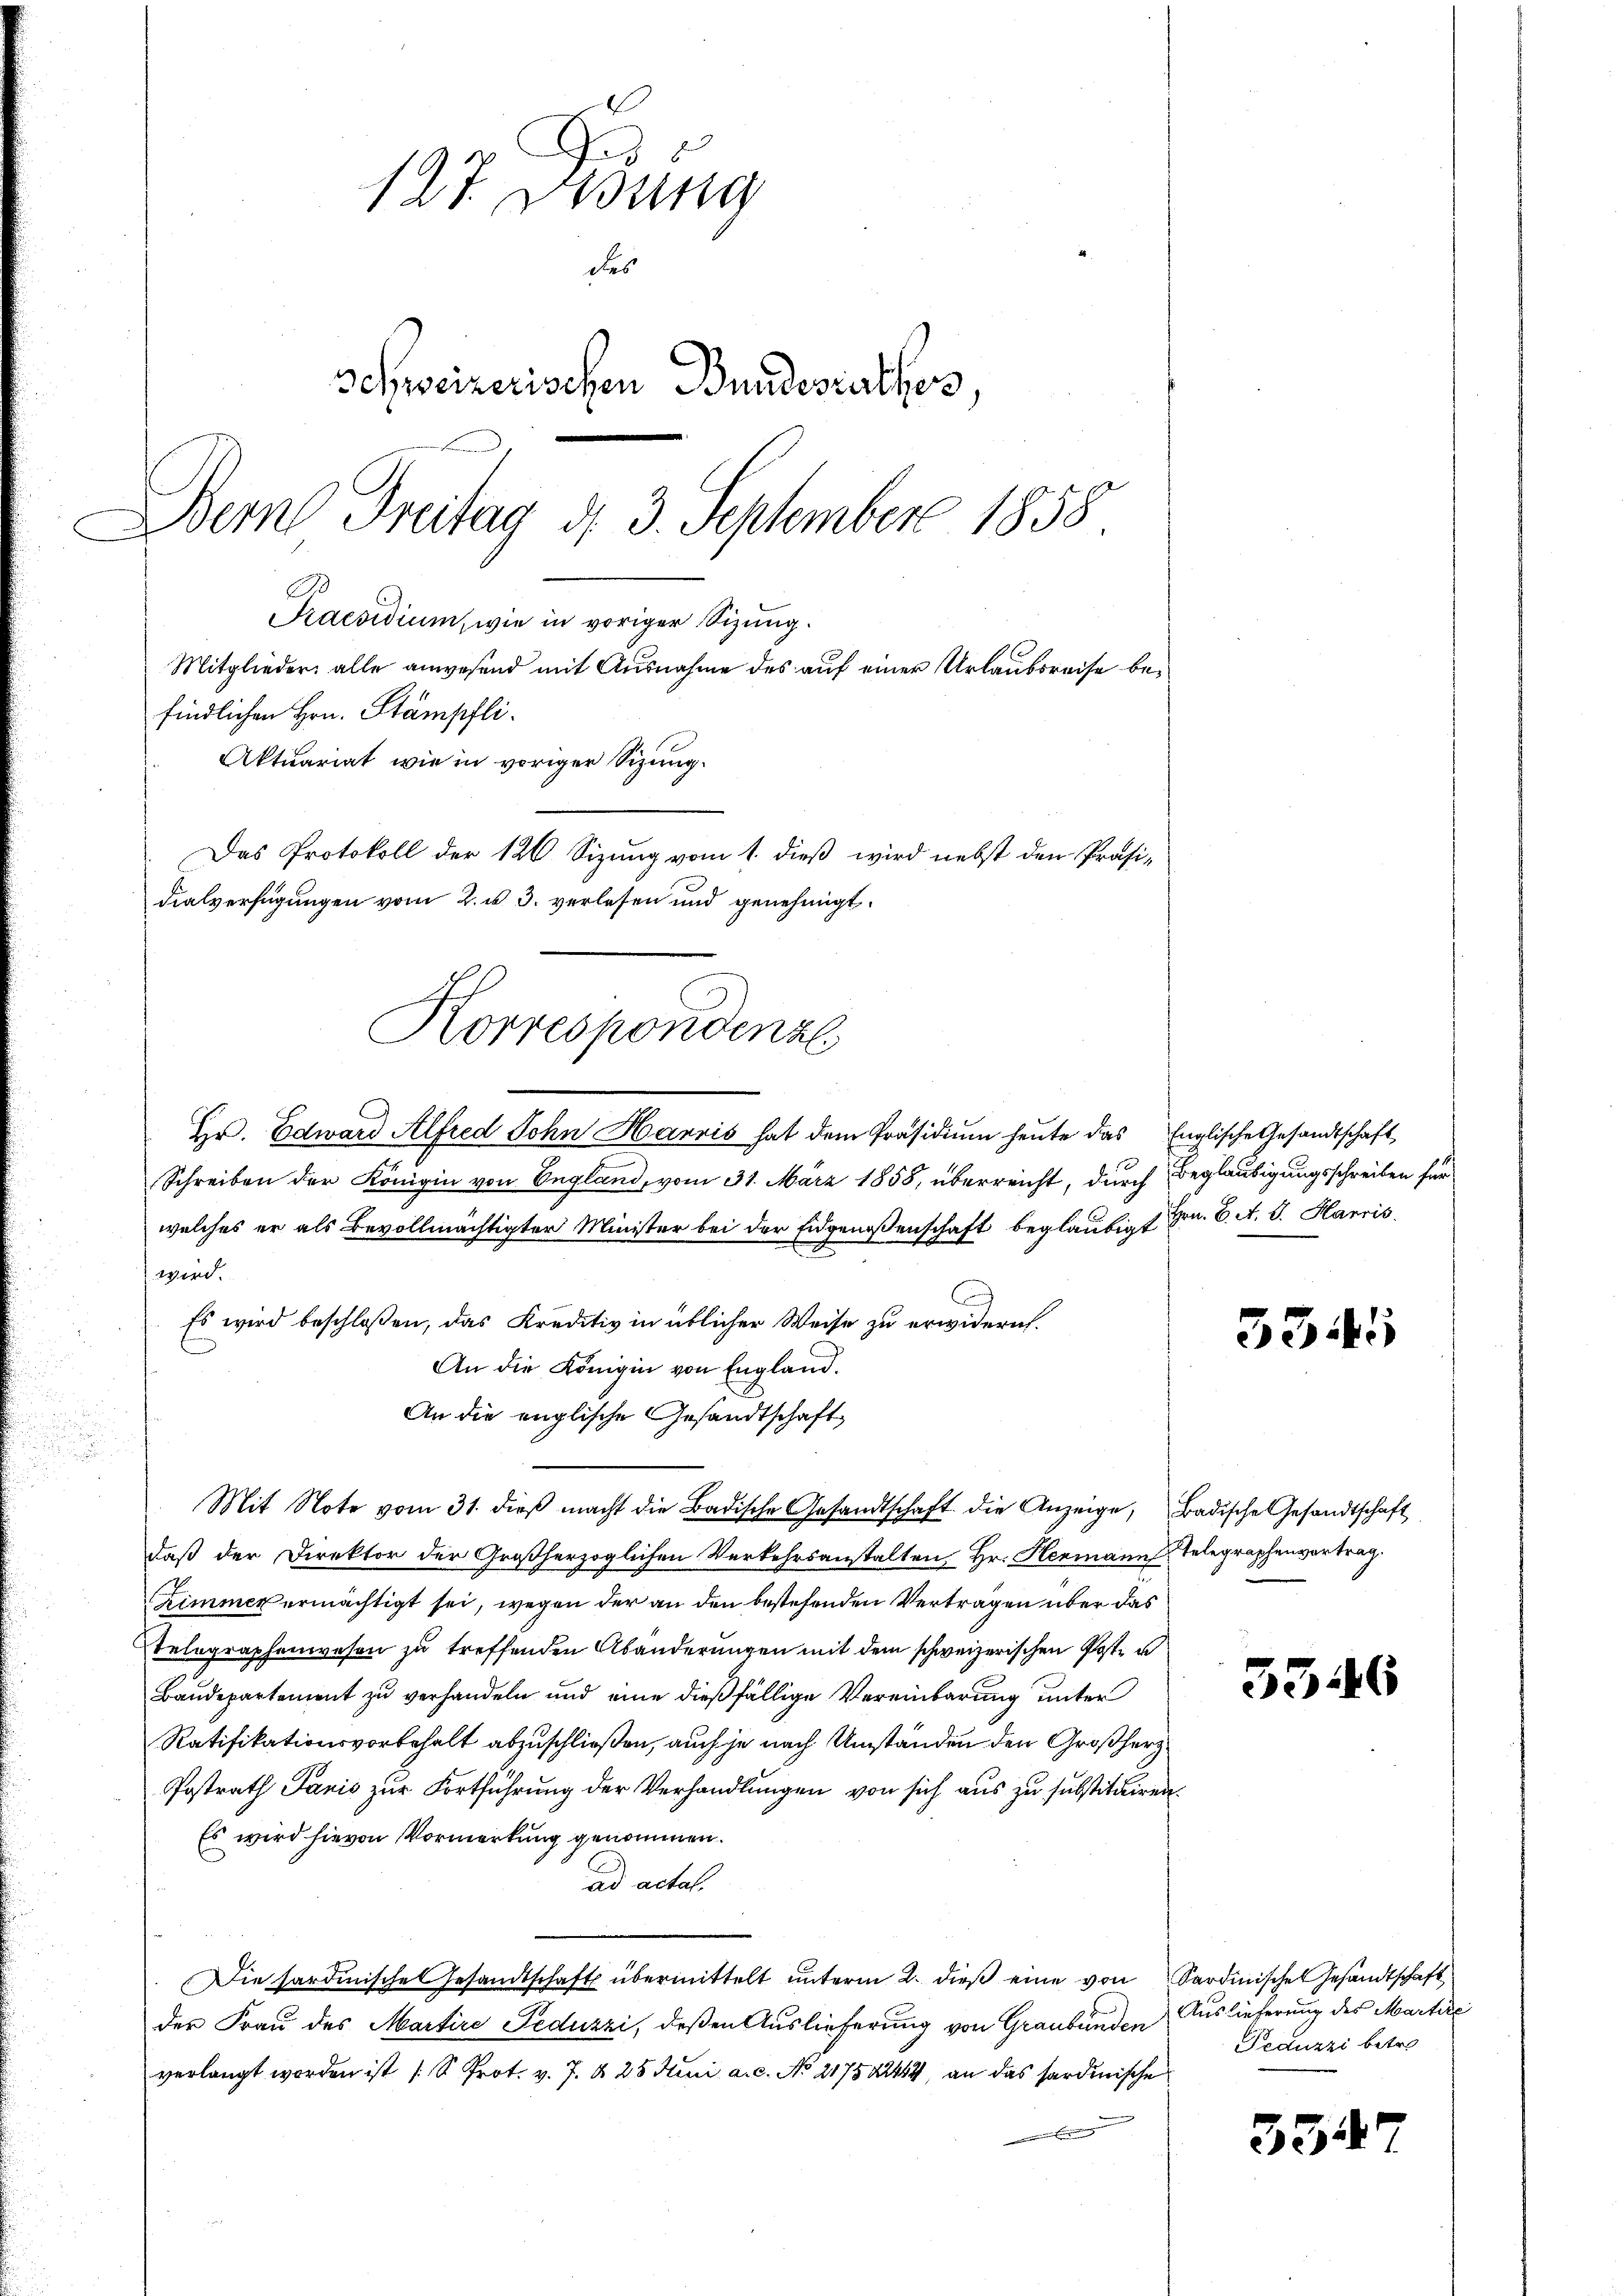
Hr. Edward Alfred Sohn Hannis hat dem Präsidium heute das Englische Gesandtschaft
Schreiben der Königin von England, vom 31. März 1858, überreicht, durch Beglaubigungsschreiben für
welches er als Bevollmächtigter Minister bei der Eidgenossenschaft beglaubigt Hrn. B. A. G. Harris
wird.
Es wird beschloßen, das Kreditiv in üblicher Weise zu erwidern.
An die Königin von England.
An die englische Gesandtschaft
Mit Note vom 31. dieβ macht die Badische Gesandtschaft die Anzeige, Badische Gesandtschaft
daß der Direktor der Großherzoglichen Verkehrsanstalten, Hr. Hermann Telegraphenvertrag.
Cimmer ermächtigt sei, wegen der an den bestehenden Vertragen über das
Etelographenwesen zu treffenden Abänderungen mit dem schweizerischen Pate v
Baudepartement zu verhandeln und eine dießfällige Vereinbarung unter
Ratifikationsvorbehalt abzuschließen, auch je nach Umständen den Großherz
Postrath Panić zur Fortführung der Verhandlungen von sich aus zu substituiren.
Es wird hievon Vormerkung genommen.
ad actal.
Die Sardinische Gesandtschaft übermittelt unterm 2. dieß eine von Sardinischen Gesandtschaft
der Frau des Martire Feduzzi, deßen Auslieferung von Graubünden
verlangt worden ist (S. Prot. v. J. § 25 Juni a.c. No 217522444, an das sardinische
 Birmenger

127 Didung
des
Schweizerischen Bundesrathes,
Dem Freitag d. 3. September 1858
Praesidium, wie in voriger Sizung.
Mitglieder alle anwesend mit Ausnahme des auf einer Urlaubsreise befindlichen Hrn. Stämpfli
Aktuariat wie in voriger Sizung.
Das Protokoll der 126 Sizung vom 1. dieß wird nebst den Präsi¬

dialverfügungen vom 2. u. 3. verlesen und genehmigt.
Korrespondenzl

3345

3346

Auslieferung des Martire
Peduzzi betre

33